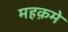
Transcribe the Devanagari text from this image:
महक़मे